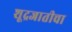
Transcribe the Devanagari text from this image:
शूद्रजातीचा